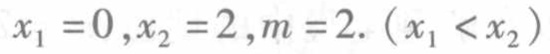
$x_{1}=0,x_{2}=2,m = 2.\ (x_{1}<x_{2})$